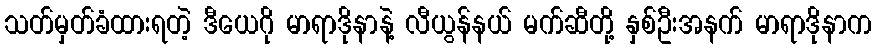
သတ်မှတ်ခံထားရတဲ့ ဒီယေဂို မာရာဒိုနာနဲ့ လီယွန်နယ် မက်ဆီတို့ နှစ်ဦးအနက် မာရာဒိုနာက